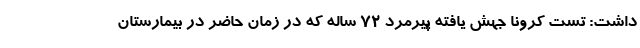
داشت: تست کرونا جهش یافته پیرمرد ۷۲ ساله که در زمان حاضر در بیمارستان